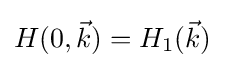
H(0,{\vec {k}})=H_{1}({\vec {k}})